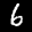
Digit: 6